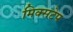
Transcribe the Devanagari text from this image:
मिक्सटेप